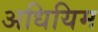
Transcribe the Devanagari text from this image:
अधियिम